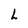
Character: L